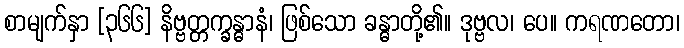
စာမျက်နှာ [၃၆၆] နိဗ္ဗတ္တက္ခန္ဓာနံ၊ ဖြစ်သော ခန္ဓာတို့၏။ ဒုဗ္ဗလ၊ ပေ။ ကရဏတော၊